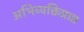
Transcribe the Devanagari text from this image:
अभिव्यक्तिप्राप्त